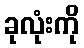
ခုလုံးကို